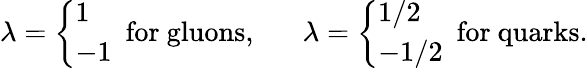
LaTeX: \lambda=\left\{ \begin{array}{l}{{1}}\\ {{-1}}\end{array}\right.~~\mathrm{for~gluons,}~~~~~~~\lambda=\left\{ \begin{array}{l}{{1/2}}\\ {{-1/2}}\end{array}\right.~~\mathrm{for~quarks.}